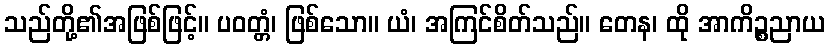
သည်တို့၏အဖြစ်ဖြင့်။ ပဝတ္တံ၊ ဖြစ်သော။ ယံ၊ အကြင်စိတ်သည်။ တေန၊ ထို အာကိဉ္စညာယ